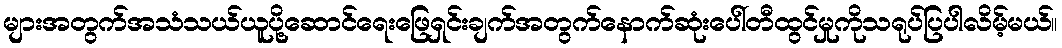
များအတွက်အသံသယ်ယူပို့ဆောင်ရေးဖြေရှင်းချက်အတွက်နောက်ဆုံးပေါ်တီထွင်မှုကိုသရုပ်ပြပါလိမ့်မယ်။